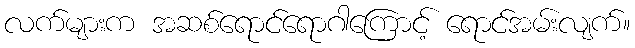
လက်များက အဆစ်ရောင်ရောဂါကြောင့် ရောင်အမ်းလျက်။